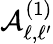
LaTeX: \mathcal{A}_{\ell,\ell^{\prime}}^{(1)}